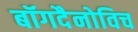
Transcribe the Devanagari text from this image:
बॉगदैनोविच